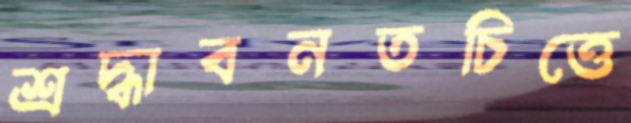
শ্রদ্ধাবনতচিত্তে